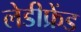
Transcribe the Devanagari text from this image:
लेडीफ्रेंड